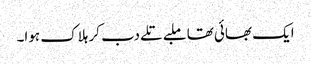
ایک بھائی تھا ملبے تلے دب کر ہلاک ہوا۔